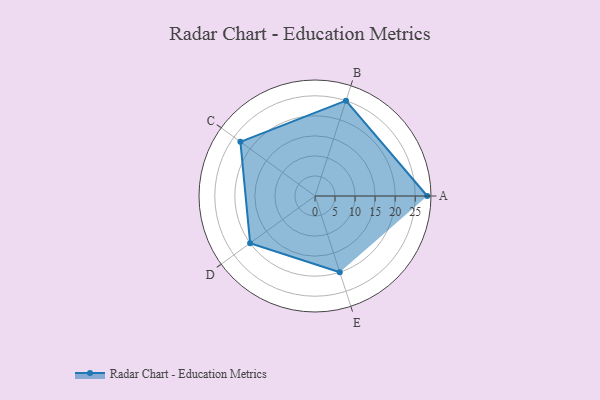
{"axis": {"x": "Skill", "y": "Score"}, "legend": ["Profile"], "data": [{"x": "A", "y": 28.0, "type": "Profile"}, {"x": "B", "y": 25.0, "type": "Profile"}, {"x": "C", "y": 23.0, "type": "Profile"}, {"x": "D", "y": 20.0, "type": "Profile"}, {"x": "E", "y": 20, "type": "Profile"}]}